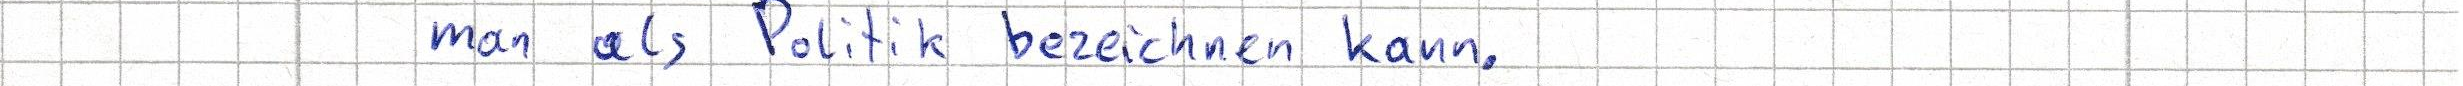
man als Politik bezeichnen kann.